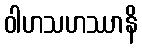
ဝါဟသဟဿာနိ